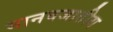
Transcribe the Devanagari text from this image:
मानवजातीय